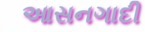
આસનગાદી